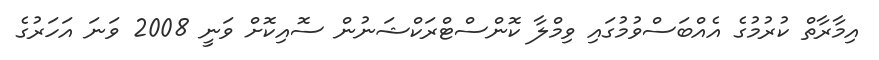
އިމާރާތް ކުރުމުގެ އެއްބަސްވުމުގައި ވިމްލާ ކޮންސްޓްރަކްޝަނުން ސޮއިކޮށް ވަނީ 2008 ވަނަ އަހަރުގެ